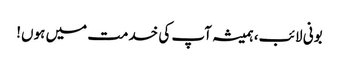
بونی لائب، ہمیشہ آپ کی خدمت میں ہوں!